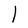
Character: l